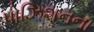
પોઝિશનના